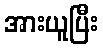
အားယူပြီး